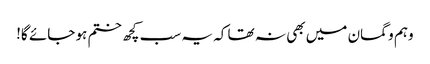
وہم و گمان میں بھی نہ تھا کہ یہ سب کچھ ختم ہو جائے گا!